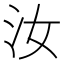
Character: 汝